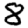
Digit: 8